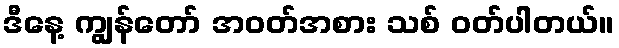
ဒီနေ့ ကျွန်တော် အဝတ်အစား သစ် ဝတ်ပါတယ်။